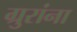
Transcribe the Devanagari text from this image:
ग्रुरांना